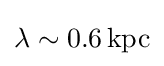
\lambda \sim 0.6\,{\rm {kpc}}